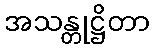
အသန္တုဋ္ဌိတာ